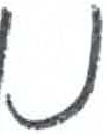
אות: נ